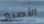
الأصبع